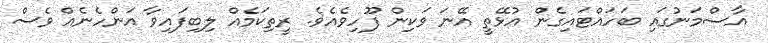
އާސްމަނުގައި ބަހައްޓައިގެން އުޅޭތީ އޭނަ ވަކިން ފޫހިވެއެވެ. ރީތިކަމެއް ލިބިފައިވާ އަންހެނެއް ވެސް